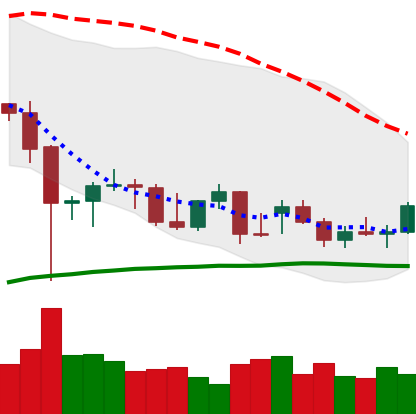
Ticker: BTC-USD
Chart end date: 2021-12-21
Forward return: 3.827%
Label: up_3_5